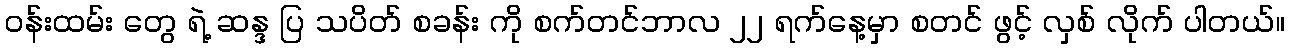
၀န်းထမ်း တွေ ရဲ့ ဆန္ဒ ပြ သပိတ် စခန်း ကို စက်တင်ဘာလ ၂၂ ရက်နေ့မှာ စတင် ဖွင့် လှစ် လိုက် ပါတယ်။